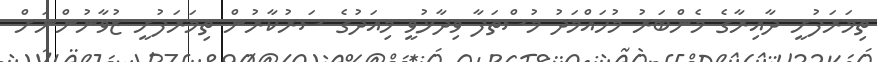
ތިމަރަފުށީ ދާއިރާގެ މެންބަރު މުހައްމަދު މުސްތަފާ ވިދާޅުވީ މިއަދުގެ ސަރުކާރުން ތިމަރަފުށީ ޒުވާނުންނަށް